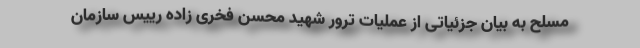
مسلح به بیان جزئیاتی از عملیات ترور شهید محسن فخری زاده رییس سازمان